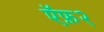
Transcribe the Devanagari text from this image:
ऍफ़२